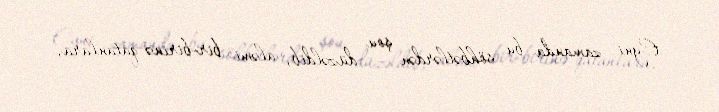
Eyni zamanda bu söhbətlərdən şou düzəldib, aləmi bir-birinə qatanlara,